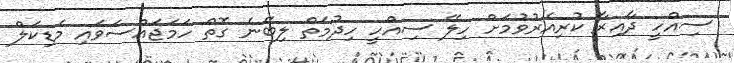
ސިއްހީ ދާއިރާ ކުރިއެރުވުމަށް ހިލޭ ސިއްހީ ހިދުމަތް ލިބޭނެ ގޮތް ހަމަޖައްސަވައި މެޑިކަލް